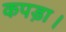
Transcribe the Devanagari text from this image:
कपड़ा।